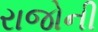
રાજોની